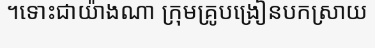
។ទោះជាយ៉ាងណា ក្រុមគ្រូបង្រៀនបកស្រាយ